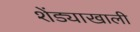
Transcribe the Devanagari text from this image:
शेंड्याखाली